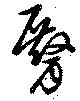
臀